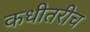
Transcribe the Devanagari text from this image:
कधीतरीच